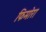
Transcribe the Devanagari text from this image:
फिमोरा